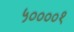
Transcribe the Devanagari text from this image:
५००००१